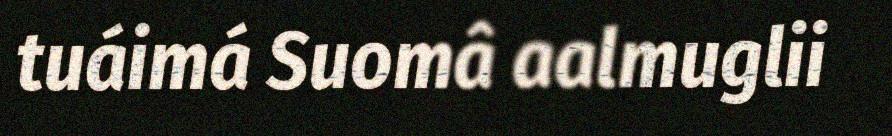
tuáimá Suomâ aalmuglii